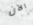
الآن